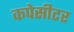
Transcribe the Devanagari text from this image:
कपेसीटर